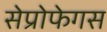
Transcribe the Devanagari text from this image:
सेप्रोफेगस